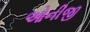
ઓનીજી